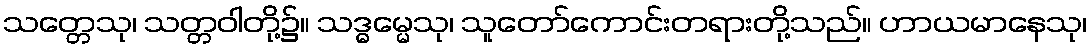
သတ္တေသု၊ သတ္တဝါတို့၌။ သဒ္ဓမ္မေသု၊ သူတော်ကောင်းတရားတို့သည်။ ဟာယမာနေသု၊